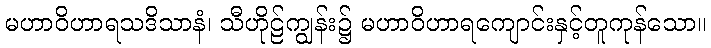
မဟာဝိဟာရသဒိသာနံ၊ သီဟိုဠ်ကျွန်း၌ မဟာဝိဟာရကျောင်းနှင့်တူကုန်သော။